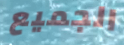
الجميع